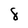
Character: 8